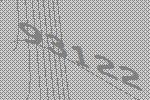
93122